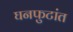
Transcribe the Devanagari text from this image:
घनफुटांत